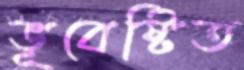
ভূবেষ্টিত